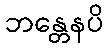
ဘန္တေနပိ